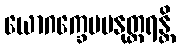
ယောဂက္ခေမမနုတ္တရန္တိ